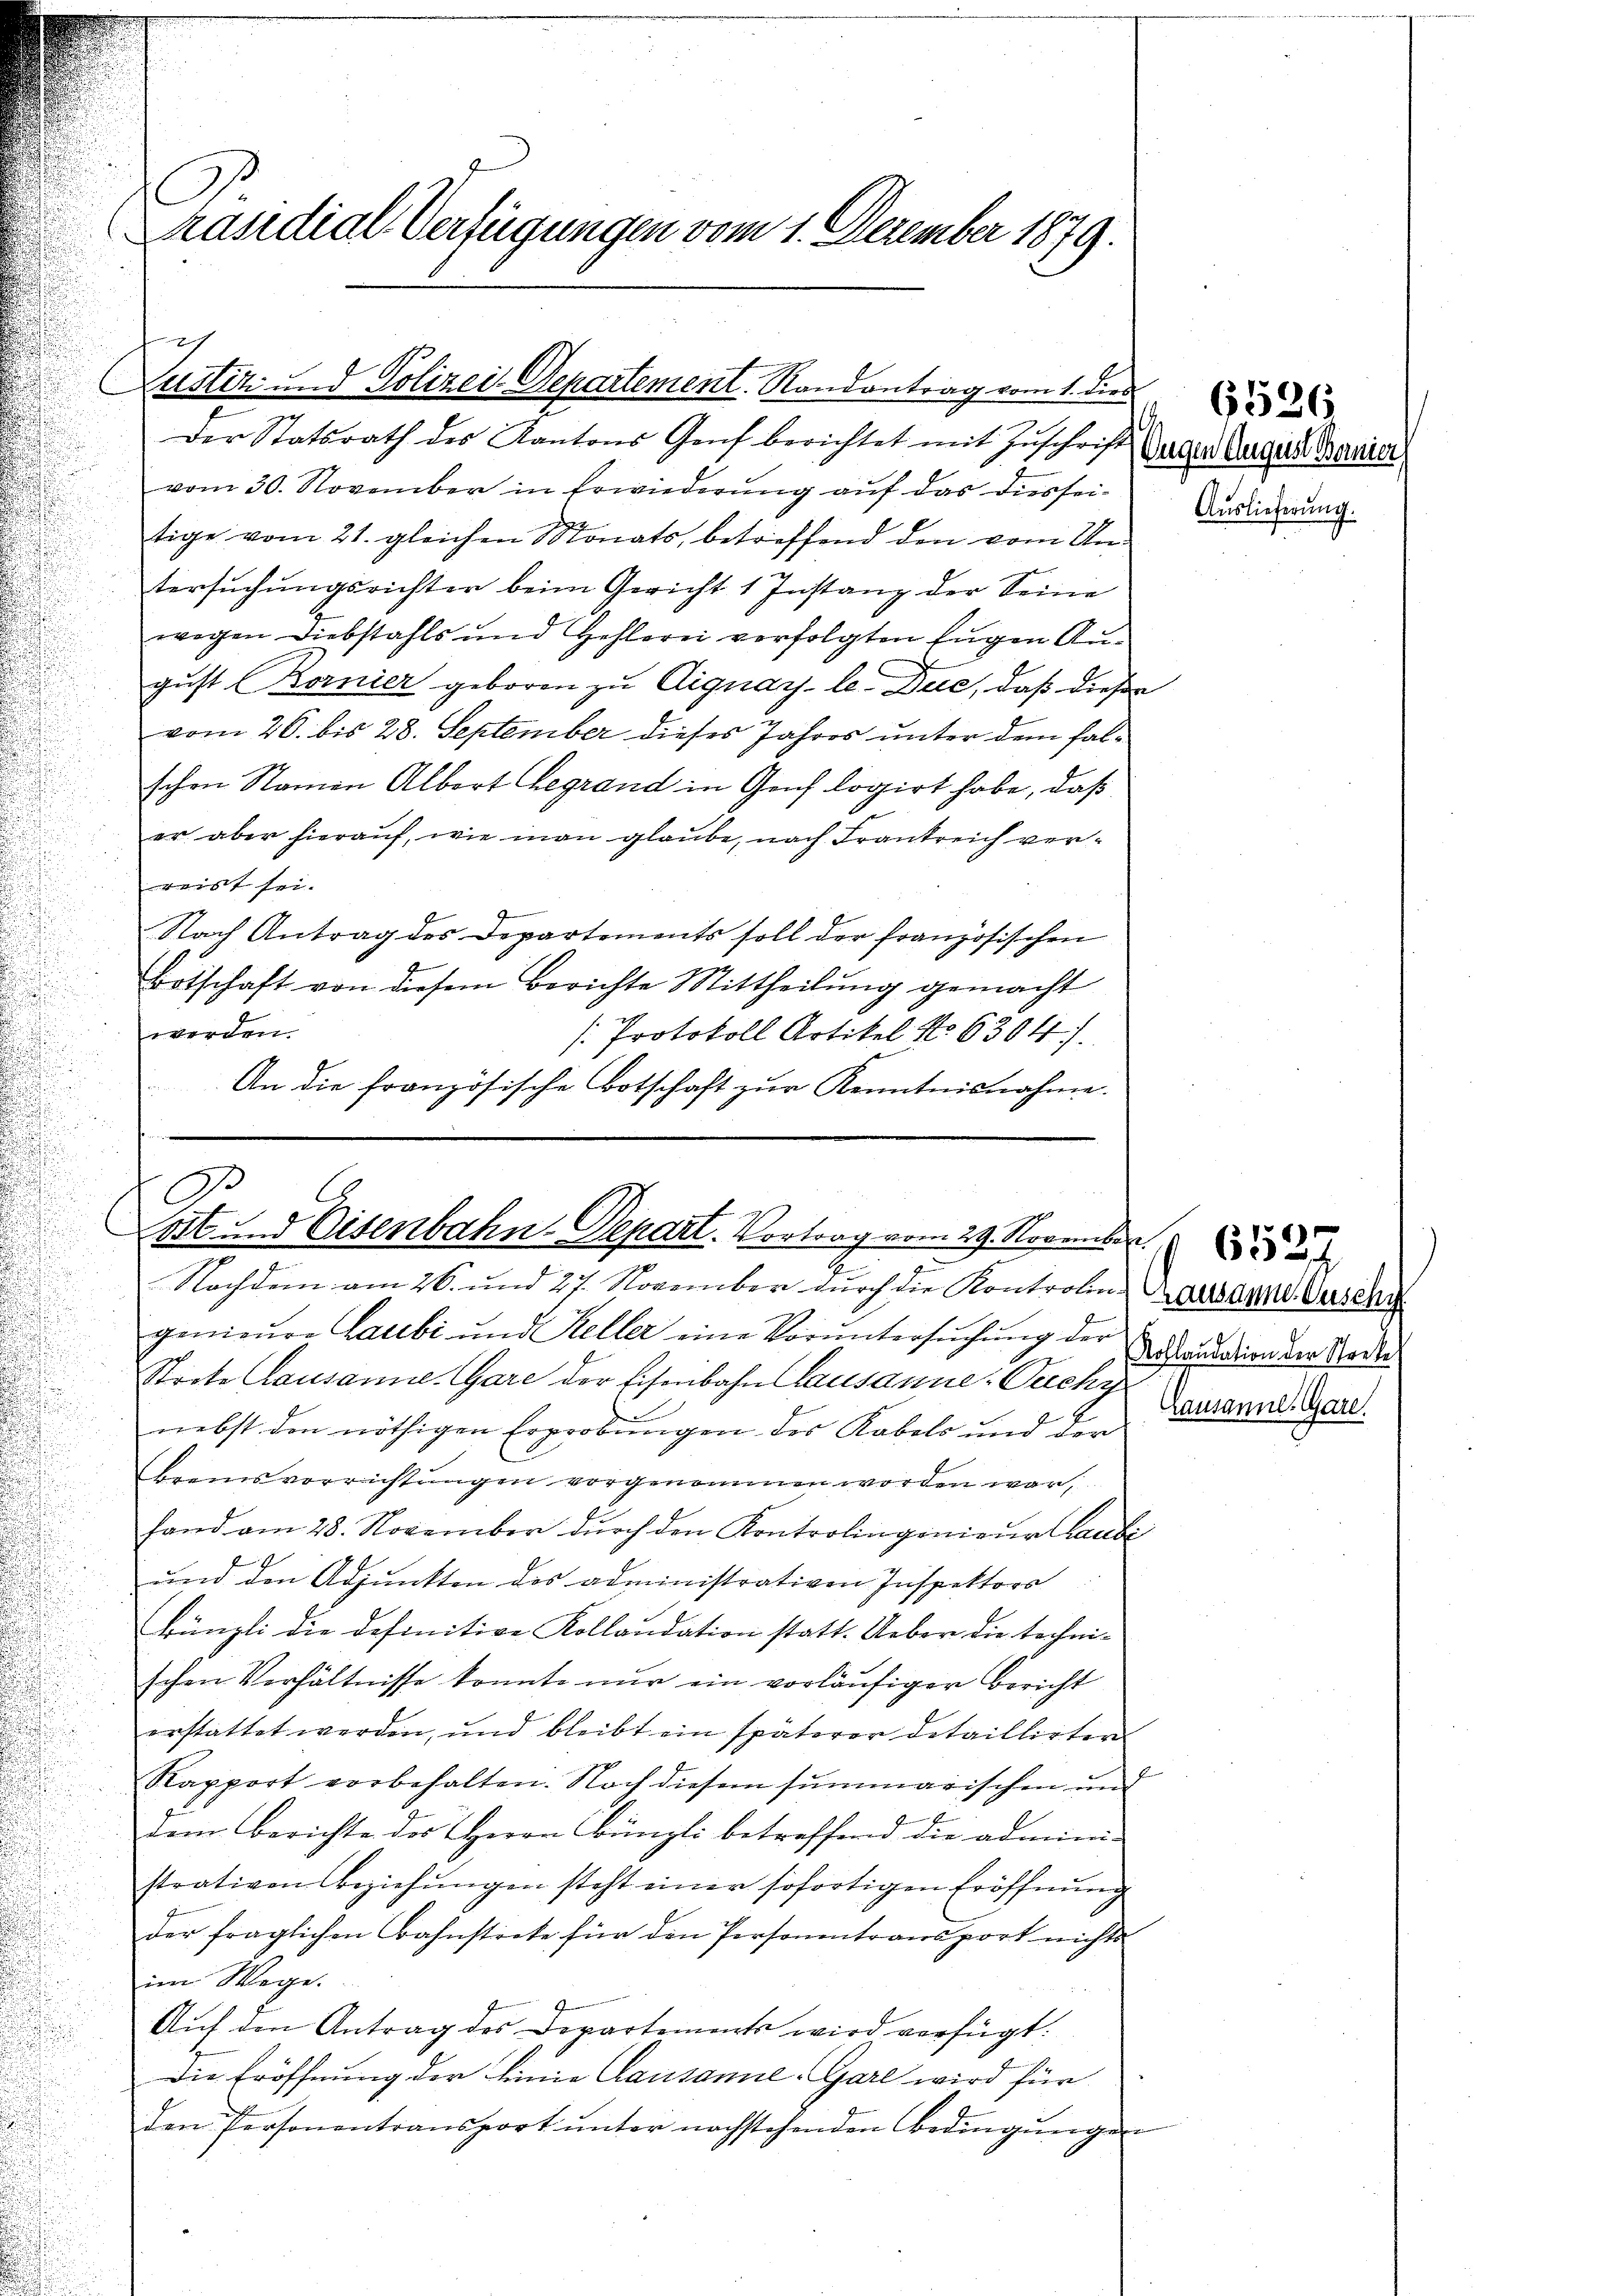
Präsidial-Verfügungen vom 1. Dezember 1879.

Zustiz und Polizei-Departement Randantrag vom 1. die

h

Der Statsrath des Kantons Genf berichtet mit Zuschrift
vom 30. November in Erwiederung auf das diesseitige vom 21. gleichen Monats, betreffend den vom Untersuchungsrichter beim Gericht 1 Instanz der Seine
wegen Diebstahls und Hehlerei verfolgten Eugen August Kornier geboren zu Dignar- le. Duc, daß diese
vom 20. bis 28. September dieses Jahres unter dem falschen Namen Albert Begrand in Genf logirt habe, daß
er aber hierauf, wie man glaube, nach Frankreich verreiht sei.
Nach Antrag des Departements soll der französischen
Botschaft von diesem Berichte Mittheilung gemacht
worden.
[Protokoll Artikel No 6304).
An die französische Botschaft zur Kenntnisnahme.

Nachdem am 26. und 27. November durch die Kontrolin
genieure Laubi und Keller eine Vorŭntersŭchŭng der
Strete Causanne Gare der Eisenbahn Lausanne-Ouchy
nebst den nöthigen Erprobungen des Rabels und der
Bremsvorrichtungen vorgenommen worden war,
fand am 28. November durch den Kontrolingenieur Chaube
und den Adjunkten des administrativen Inspektors
krüngli die definitive Kollaudation statt. Ueber die technischen Verhältnisse konnte nur ein vorläufiger Bericht
erstattet werden, und bleibt ein späterer Detaillirten
Rapport vorbehalten. Nach diesem summarischen und
Dem Berichte des Herrn Bünzli betreffend die admini-
strativen Beziehŭngen steht einer sofortigen Eröffnŭng
der fraglichen Bahnstreke für den Personentransport nichts
im Wege.
Aŭf den Antrag des Departements wird verfügt:
Die Eröffnung der Linie Causanne-Garl wird für
den Personentransport unter nachstehenden Bedingungen

A.
ott und Eisenbahn-Depart. Vortrag vom 29. Novemb

6526
Eugen August Bernier
Auslieferung.

Lausanne. Zuschr
Kollaudation der Stocke
Lausanne. Gare.